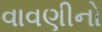
વાવણીનો